65_HS1-834228961_62-HQ-83894_Serial_164
Agency: FBI
Page 125
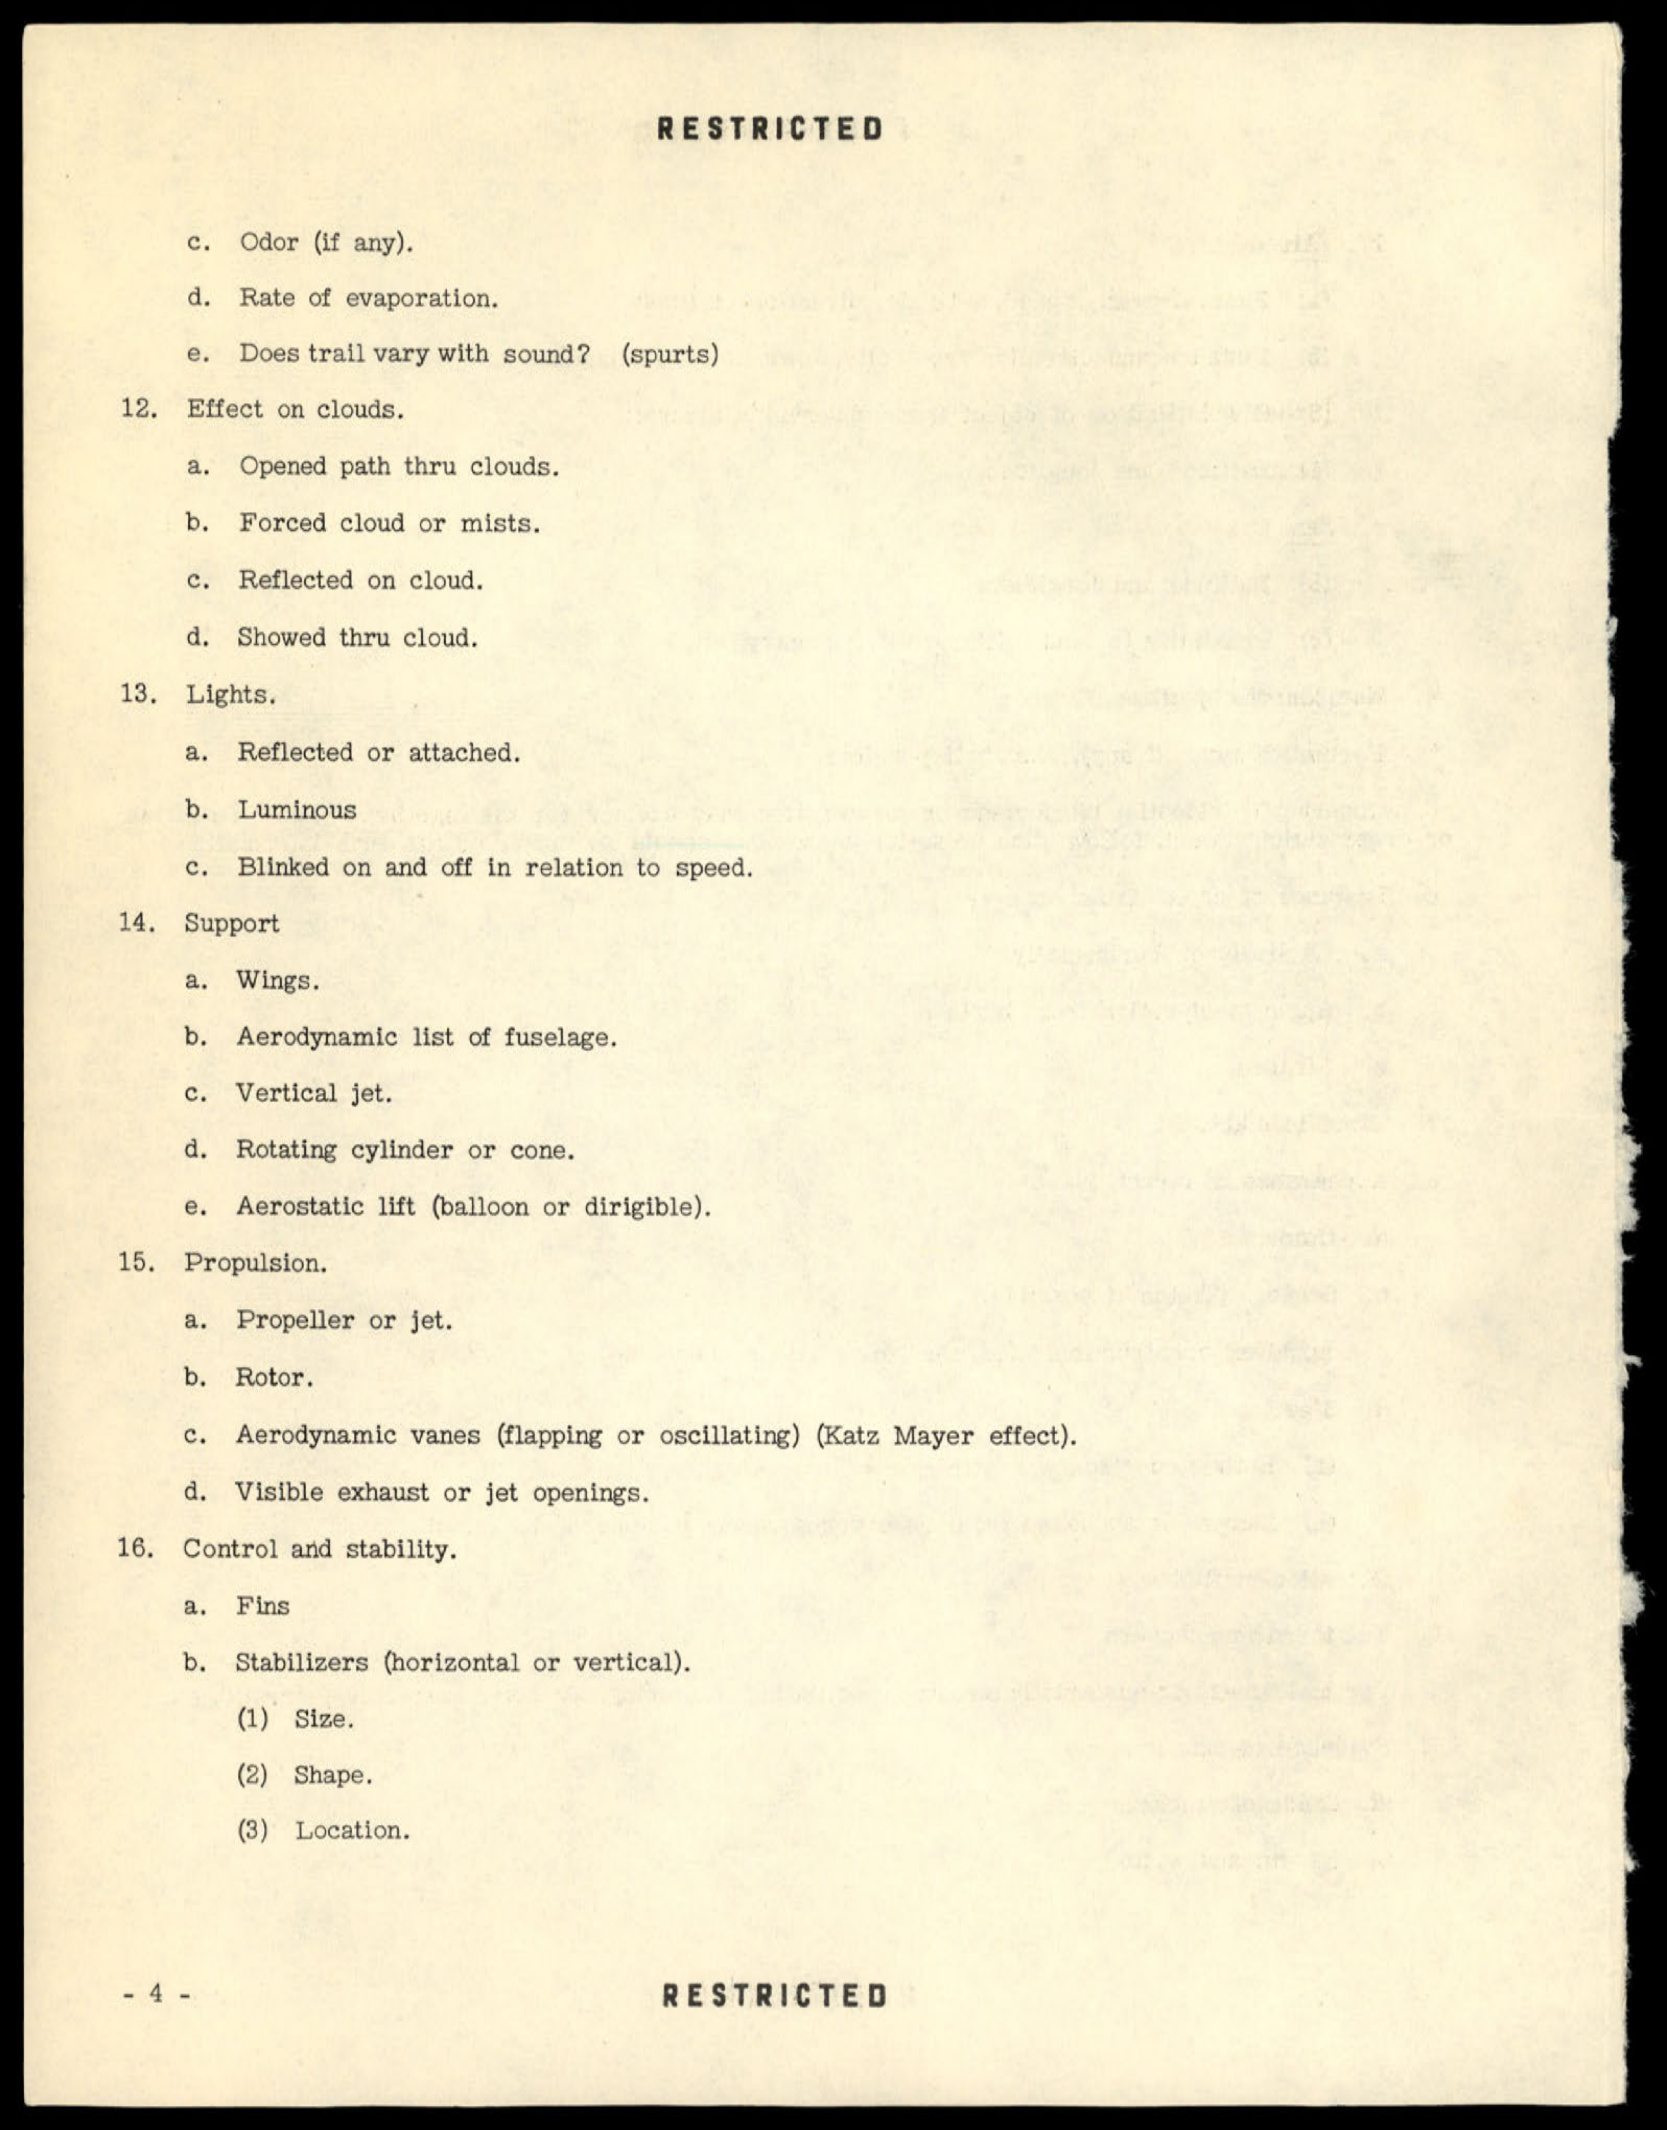